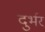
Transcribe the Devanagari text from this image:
दुर्भर